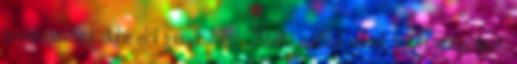
terrorszervezet dühe elől menekülőket. Ételt, szállást adnak nekik; orvosságot,